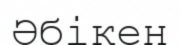
Әбікен